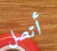
أتصل